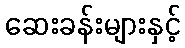
ဆေးခန်းများနှင့်